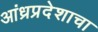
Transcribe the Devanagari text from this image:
आंध्रप्रदेशाचा